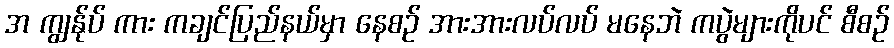
အ ကျွန်ုပ် ကား ကချင်ပြည်နယ်မှာ နေစဉ် အားအားလပ်လပ် မနေဘဲ ကပွဲများကိုပင် စီစဉ်